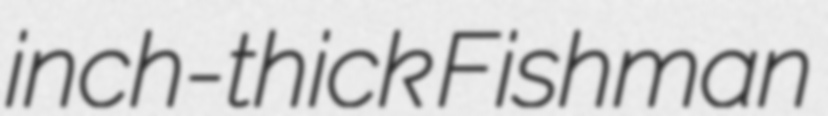
inch-thick Fishman